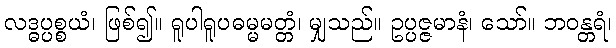
လဒ္ဓပ္ပစ္စယံ၊ ဖြစ်၍။ ရူပါရူပဓမ္မမတ္တံ၊ မျှသည်။ ဥပ္ပဇ္ဇမာနံ၊ သော်။ ဘဝန္တရံ၊